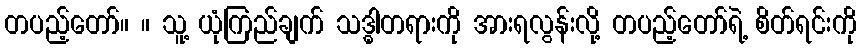
တပည့်တော်။ ။ သူ့ ယုံကြည်ချက် သဒ္ဓါတရားကို အားရလွန်းလို့ တပည့်တော်ရဲ့ စိတ်ရင်းကို